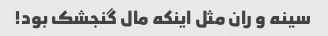
سینه و ران مثل اینکه مال گنجشک بود!